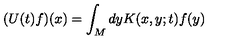
( U ( t ) f ) ( x ) = \int _ { M } d y K ( x , y ; t ) f ( y )